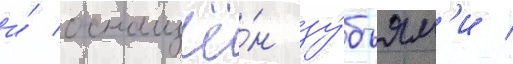
и́ оснащё́н зу́бьям'и /